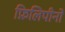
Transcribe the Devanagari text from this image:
फ़िलिपीनों